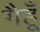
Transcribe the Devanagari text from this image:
गैहूँ